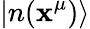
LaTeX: |n(\mathbf{x}^{\mu})\rangle